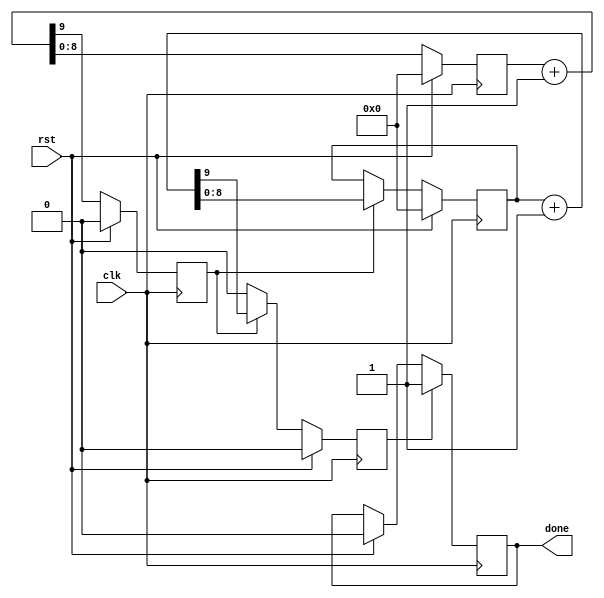

module init_delay #(
    parameter CNT_BITS = 9
) (
    input clk, // 16Mhz input +-
    input rst, // Active high
    output reg done = 1'b0 // Goes high when done
);

    reg low_stb;
    reg ck_stb;
    reg [(CNT_BITS-1):0] low_counter, hi_counter; // 2x 9 bit counter for a delay of +- 10ms 

    // Split counter to have a 10ms wait before starting with the ili9341
    always @(posedge clk)
    if (rst) begin
        low_counter <= 0;
        low_stb <= 1'b0;
    end else begin
        { low_stb, low_counter } <= low_counter + 1'b1;
    end
    always @(posedge clk)
    if (rst) begin
        hi_counter <= 0;
        ck_stb <= 1'b0;
    end else begin
        if (low_stb)
            { ck_stb, hi_counter } <= hi_counter + 1'b1;
        else
            ck_stb <= 1'b0;
    end

    // Delay output
    always @(posedge clk) begin
        if (rst) begin
            done <= 1'b0;
        end

        // Fire once
        if (ck_stb == 1'b1) begin
            done <= 1'b1;
        end
    end

endmodule